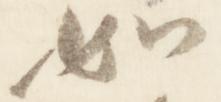
如